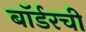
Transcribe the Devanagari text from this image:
बॉर्डरची